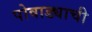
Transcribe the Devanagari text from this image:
पोवाड्याची